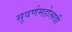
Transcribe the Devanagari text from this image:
सुवर्णमहोत्‍सवी